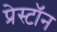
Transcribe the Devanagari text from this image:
प्रेस्टॉन